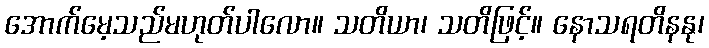
အောက်မေ့သည်မဟုတ်ပါလော။ သတိယာ၊ သတိဖြင့်။ နောသရတိနနု၊